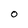
Character: O